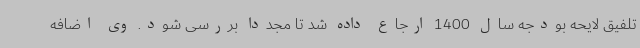
تلفیق لایحه بودجه سال 1400 ارجاع داده شد تا مجدداً بررسی شود. وی اضافه